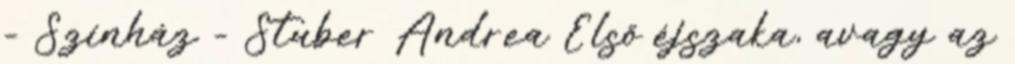
- Színház - Stuber Andrea Első éjszaka, avagy az